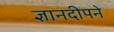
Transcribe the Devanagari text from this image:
ज्ञानदीपने